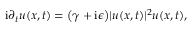
\mathrm { i } \partial _ { t } u ( x , t ) = \big ( \gamma + \mathrm { i } \epsilon \big ) \lvert u ( x , t ) \rvert ^ { 2 } u ( x , t ) ,